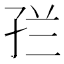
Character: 𭓀